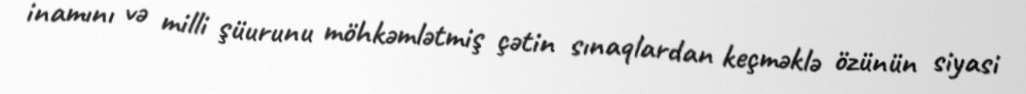
inamını və milli şüurunu möhkəmlətmiş çətin sınaqlardan keçməklə özünün siyasi